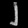
Digit: ၂